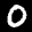
Digit: 0